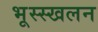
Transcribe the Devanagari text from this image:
भूस्स्खलन